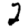
Digit: 2